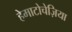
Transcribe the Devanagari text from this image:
हेमाटोचेज़िया